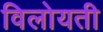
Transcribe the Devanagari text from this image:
विलोयती